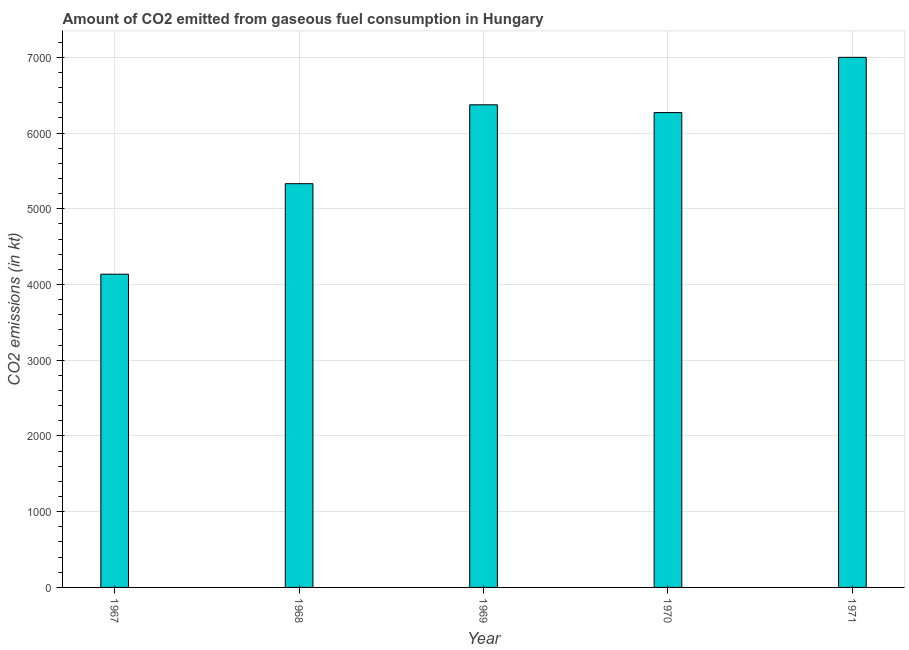
| Year | CO2 emissions from gaseous fuel consumption |
 | --- | --- |
 | 1967 | 4.14e+03 |
 | 1968 | 5.33e+03 |
 | 1969 | 6.37e+03 |
 | 1970 | 6.27e+03 |
 | 1971 | 7e+03 |